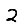
Digit: 2